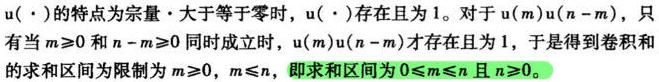
$u(\cdot)$ 的特点为宗量大于等于零时，$u(\cdot)$ 存在且为 1。对于 $u(m)u(n - m)$，只有当 $m\geqslant0$ 和 $n - m\geqslant0$ 同时成立时，$u(m)u(n - m)$ 才存在且为 1，于是得到卷积和的求和区间为限制为 $m\geqslant0$，$m\leqslant n$，即求和区间为 $0\leqslant m\leqslant n$ 且 $n\geqslant0$。